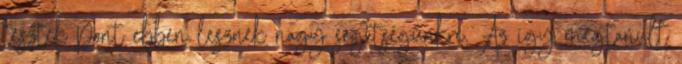
tesztek pont ebben lesznek nagy segítségünkre. Az így megtanult